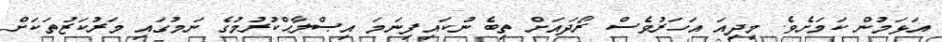
އަޅަމުން ކަމަށެވެ. މިދިއަ އަހަރުވެސް ރޯދައަށް ތިބެ ނުކައިފިނަމަ އިޞްލާޙްކުރުމުގެ ނަމުގައި މަރުކަޒުތަކަށް